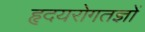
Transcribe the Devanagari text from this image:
हृदयरोगतज्ञों